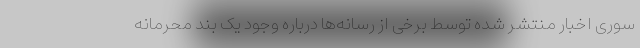
سوری اخبار منتشر شده توسط برخی از رسانه‌ها درباره وجود یک بند محرمانه